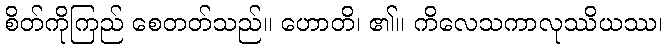
စိတ်ကိုကြည် စေတတ်သည်။ ဟောတိ၊ ၏။ ကိလေသကာလုဿိယဿ၊